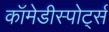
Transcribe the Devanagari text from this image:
कॉमेडीस्पोर्ट्स